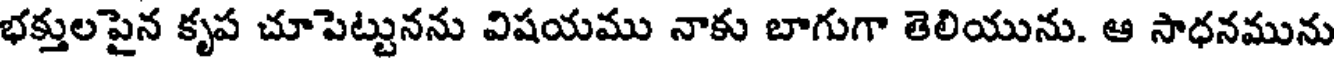
భక్తులపైన కృప చూపెట్టునను విషయము నాకు బాగుగా తెలియును. ఆ సాధనమును